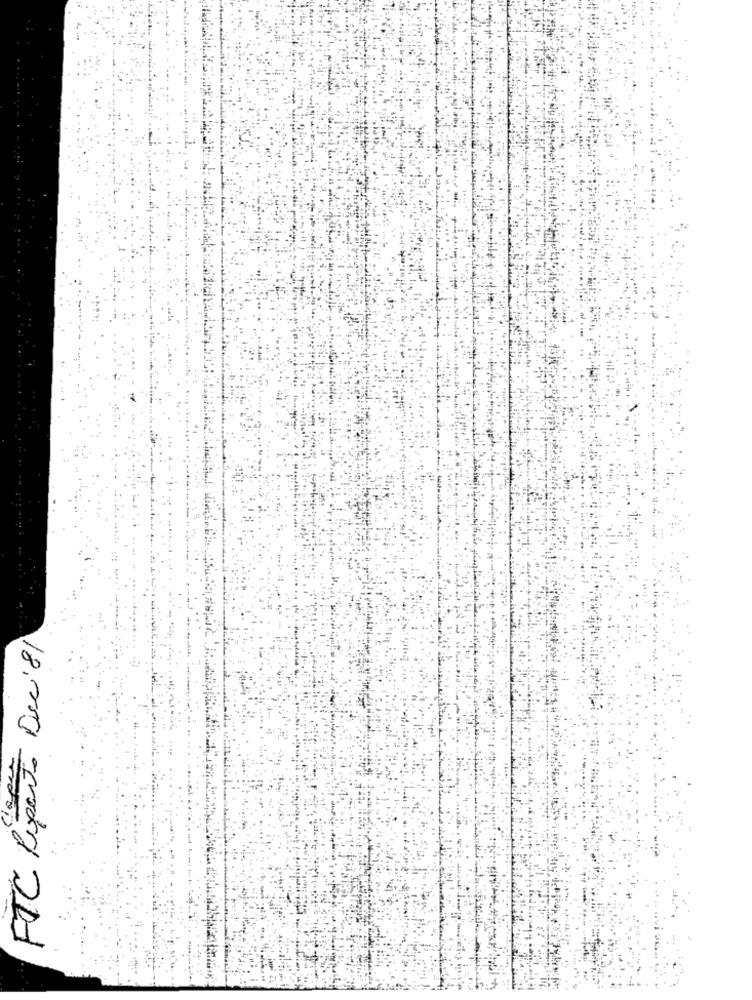
FTC Riporto Du 81